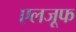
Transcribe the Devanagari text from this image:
एलजूफ